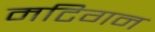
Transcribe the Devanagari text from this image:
मटिगन